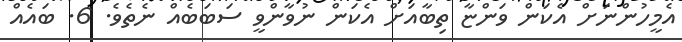
އެމީހުންނަށް އެކަން ވަންޏާ ތިބާއަށް އެކަން ނުވާންވީ ސަބަބެއް ނެތެވެ. 6. ބައެއް